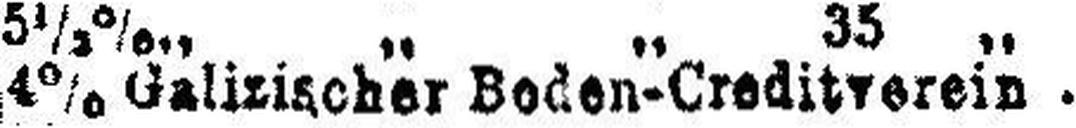
4% Galizischer Boden-Creditverein